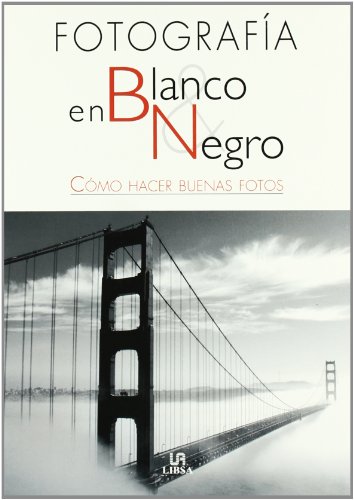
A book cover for Fotografia en blanco y negro/ Black and White Photography (Spanish Edition); Maribel Luengo; Arts & Photography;